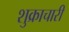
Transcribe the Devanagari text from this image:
शुक्राचारी